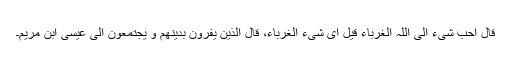
قال احب شیء الی اللّٰہ الغرباء قیل ای شیء الغرباء، قال الذین یفرّون بدینھم و یجتمعون الٰی عیسی ابن مریم۔